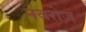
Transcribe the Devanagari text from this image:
नवरोज़